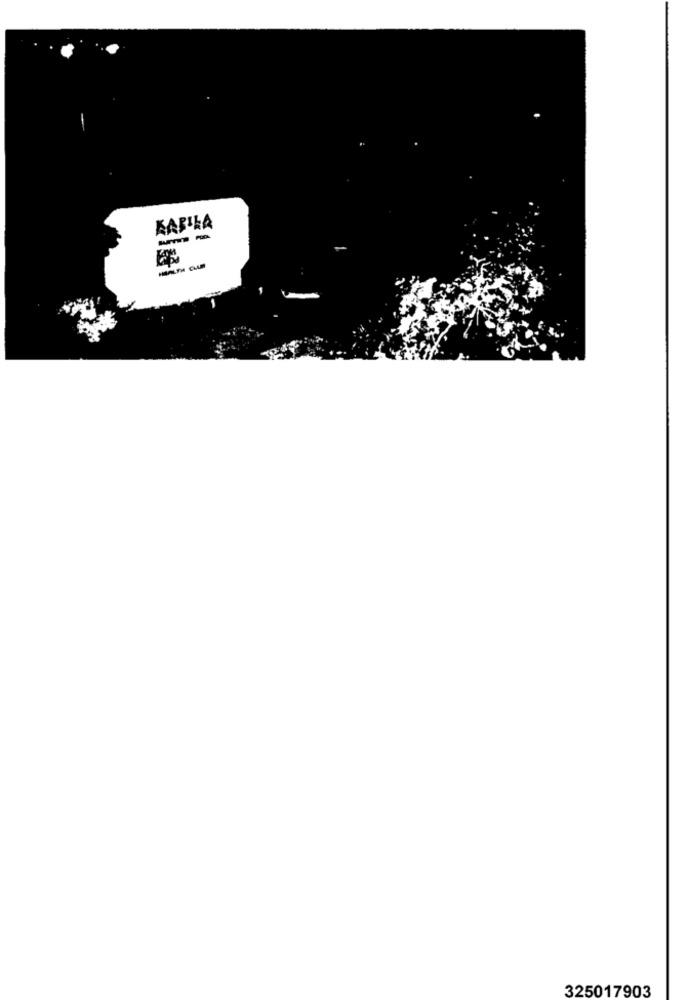
KARILA
--
325017903